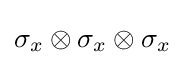
\sigma _{x}\otimes \sigma _{x}\otimes \sigma _{x}